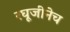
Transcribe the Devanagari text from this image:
रघूजीनेच